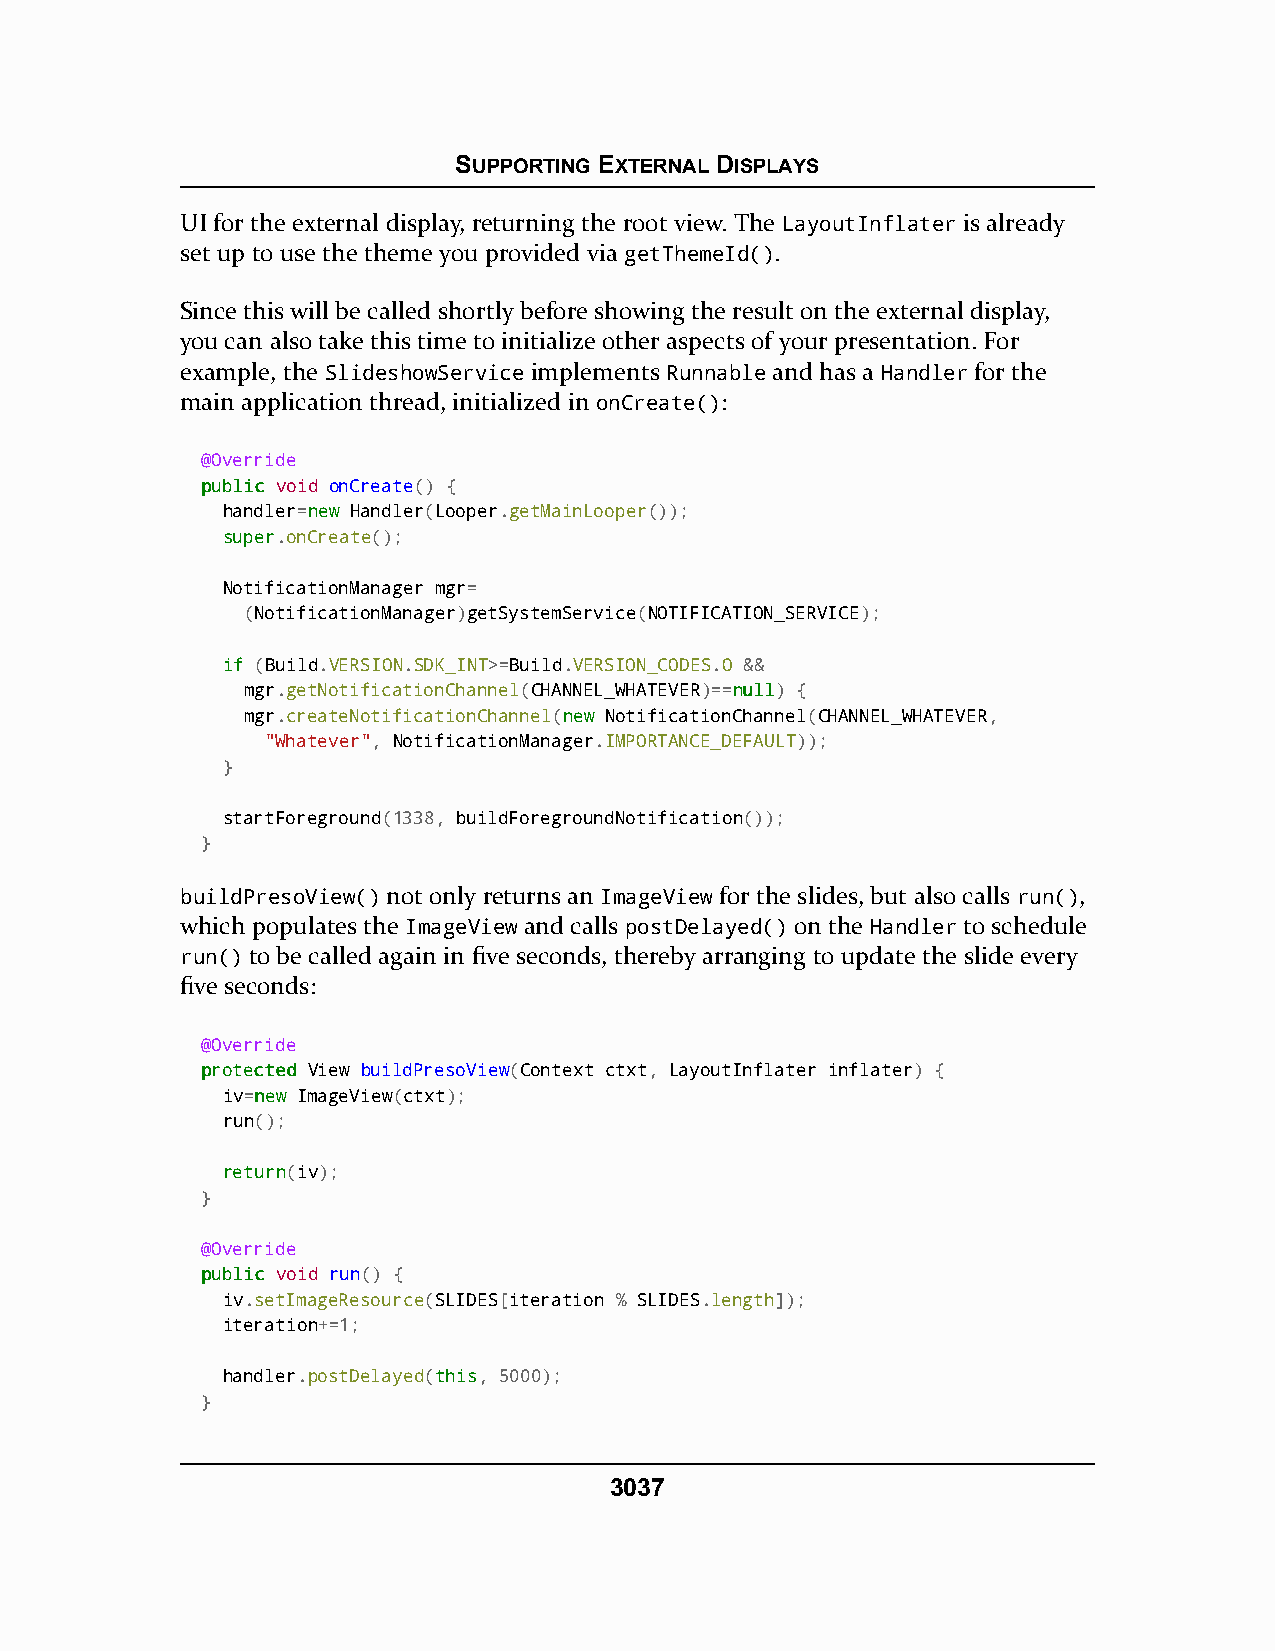
SUPPORTING EXTERNAL DISPLAYS
 UI for the external display, returning the root view. The LayoutInflater is already
 set up to use the theme you provided via getThemeId().
 Since this will be called shortly before showing the result on the external display,
 you can also take this time to initialize other aspects of your presentation. For
 example, the SlideshowService implements Runnable and has a Handler for the
 main application thread, initialized in onCreate():
 @Override
 ppuubblliicc void onCreate() {
 handler=nneeww Handler(Looper.getMainLooper());
 ssuuppeerr.onCreate();
 NotificationManager mgr=
 (NotificationManager)getSystemService(NOTIFICATION_SERVICE);
 iiff (Build.VERSION.SDK_INT>=Build.VERSION_CODES.O &&
 mgr.getNotificationChannel(CHANNEL_WHATEVER)==nnuullll) {
 mgr.createNotificationChannel(nneeww NotificationChannel(CHANNEL_WHATEVER,
 "Whatever", NotificationManager.IMPORTANCE_DEFAULT));
 }
 startForeground(1338, buildForegroundNotification());
 }
 buildPresoView() not only returns an ImageView for the slides, but also calls run(),
 which populates the ImageView and calls postDelayed() on the Handler to schedule
 run() to be called again in five seconds, thereby arranging to update the slide every
 five seconds:
 @Override
 pprrootteecctteedd View buildPresoView(Context ctxt, LayoutInflater inflater) {
 iv=nneeww ImageView(ctxt);
 run();
 rreettuurrnn(iv);
 }
 @Override
 ppuubblliicc void run() {
 iv.setImageResource(SLIDES[iteration % SLIDES.length]);
 iteration+=1;
 handler.postDelayed(tthhiiss, 5000);
 }
 3037